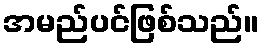
အမည်ပင်ဖြစ်သည်။